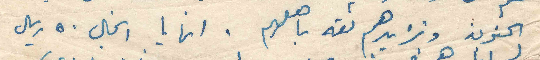
الحنون وتزيدهم ثقة باهلهم . انها يا انجال ٥٠ ريال